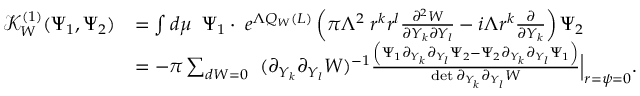
\begin{array} { r l } { \mathcal { K } _ { W } ^ { ( 1 ) } ( \Psi _ { 1 } , \Psi _ { 2 } ) } & { = \int d \mu \; \; \Psi _ { 1 } \cdot \; e ^ { \Lambda Q _ { W } ( L ) } \left( \pi \Lambda ^ { 2 } \; r ^ { k } r ^ { l } \frac { \partial ^ { 2 } W } { \partial Y _ { k } \partial Y _ { l } } - i \Lambda r ^ { k } \frac { \partial } { \partial Y _ { k } } \right) \Psi _ { 2 } } \\ & { = - \pi \sum _ { d W = 0 } \; \; ( \partial _ { Y _ { k } } \partial _ { Y _ { l } } W ) ^ { - 1 } \frac { \left( \Psi _ { 1 } \partial _ { Y _ { k } } \partial _ { Y _ { l } } \Psi _ { 2 } - \Psi _ { 2 } \partial _ { Y _ { k } } \partial _ { Y _ { l } } \Psi _ { 1 } \right) } { \operatorname* { d e t } \partial _ { Y _ { k } } \partial _ { Y _ { l } } W } \Big | _ { r = \psi = 0 } . } \end{array}